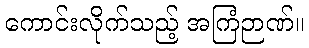
ကောင်းလိုက်သည့် အကြံဉာဏ်။